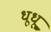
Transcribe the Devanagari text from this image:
धूधू